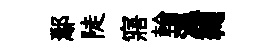
鄢陡寤輪濕鞠